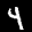
Label: 4